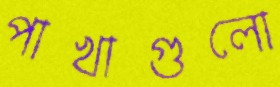
পাখাগুলো